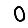
Digit: 0